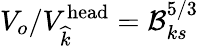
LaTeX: V_{o}/V_{\widehat{k}}^{\textrm{head}}=\mathcal{B}_{ks}^{5/3}